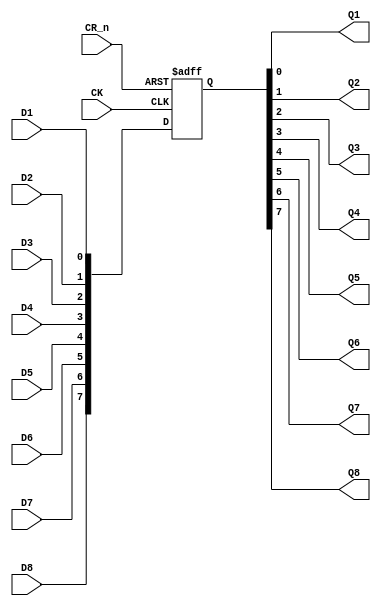
// octal D type flip flop with clear

module ttl_74LS273(input D1,
		   input D2,
		   input D3,
		   input D4,
		   input D5,
		   input D6,
		   input D7,
		   input D8,
		   output Q1,
		   output Q2,
		   output Q3,
		   output Q4,
		   output Q5,
		   output Q6,
		   output Q7,
		   output Q8,
		   input CK,
		   input CR_n);

   wire [7:0] in;
   reg [7:0]  r;

   assign in = { D8,D7,D6,D5,D4,D3,D2,D1 };
   
   always @(posedge CK or negedge CR_n)
     if (~CR_n)
       r <= 8'b0;
     else
       r <= in;
   
   assign Q1 = r[0];
   assign Q2 = r[1];
   assign Q3 = r[2];
   assign Q4 = r[3];
   assign Q5 = r[4];
   assign Q6 = r[5];
   assign Q7 = r[6];
   assign Q8 = r[7];
   
endmodule